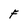
Character: F